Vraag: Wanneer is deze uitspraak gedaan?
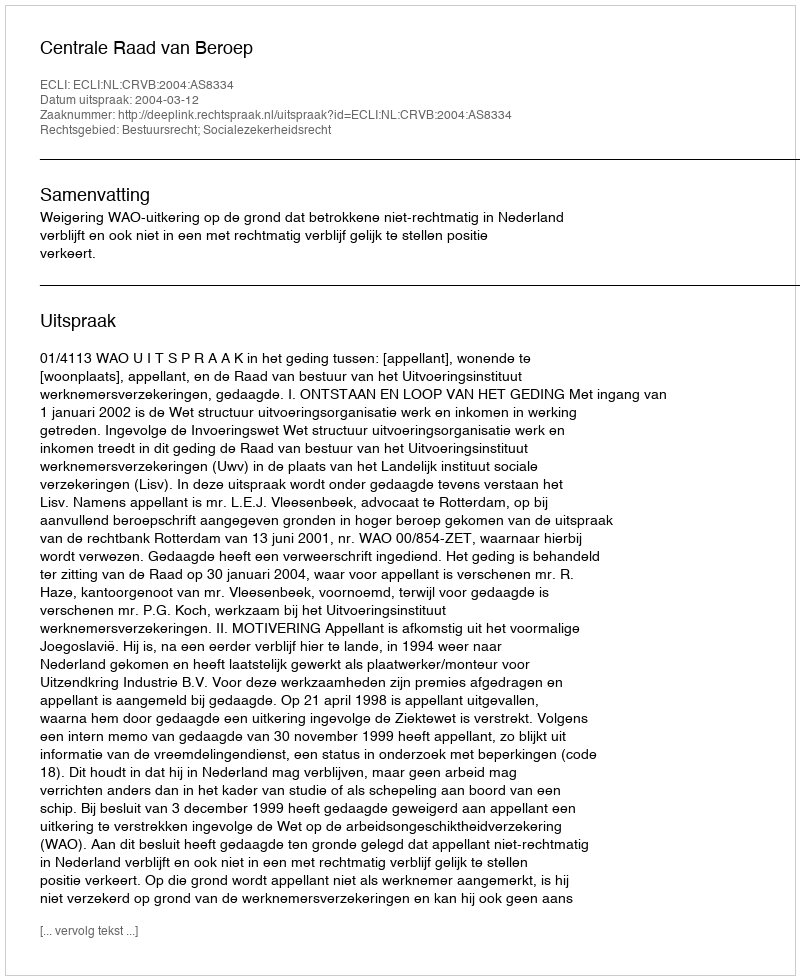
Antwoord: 2004-03-12